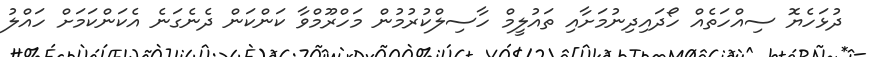
ދުޅަހެޔޮ ސިއްހަތެއް ހޯދައިދިނުމަށާއި ތައުލީމް ހާސިލްކުރުމުން މަހްރޫމްވާ ކަންކަން ދެނެގަނެ އެކަންކަމަށް ހައްލު